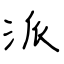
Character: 派